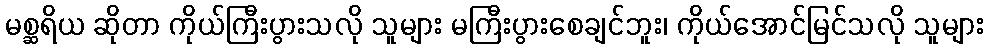
မစ္ဆရိယ ဆိုတာ ကိုယ်ကြီးပွားသလို သူများ မကြီးပွားစေချင်ဘူး၊ ကိုယ်အောင်မြင်သလို သူများ